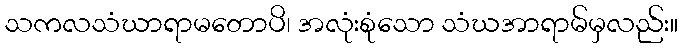
သကလသံဃာရာမတောပိ၊ အလုံးစုံသော သံဃအာရာမ်မှလည်း။